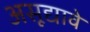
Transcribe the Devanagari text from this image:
असूद्यावे